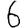
Digit: 6